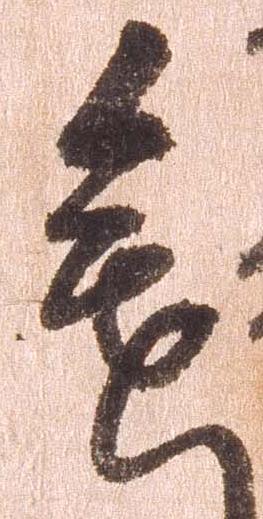
進